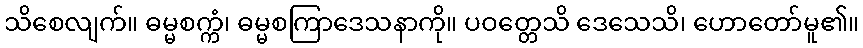
သိစေလျက်။ ဓမ္မစက္ကံ၊ ဓမ္မစကြာဒေသနာကို။ ပဝတ္တေသိ ဒေသေသိ၊ ဟောတော်မူ၏။